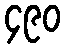
၄၉၀